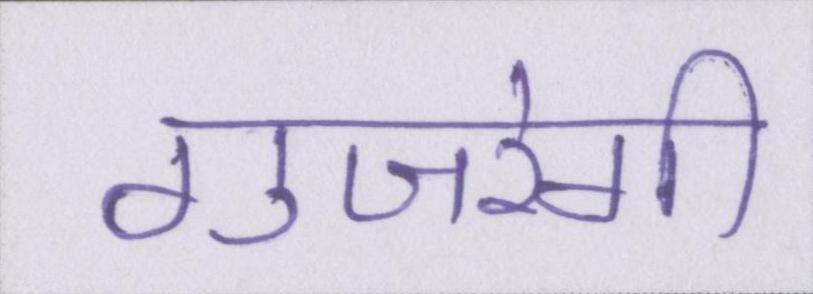
गुजरेगी